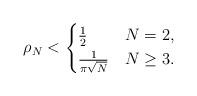
LaTeX: \begin{align*}\rho_N<\begin{cases} \frac{1}{2}&N=2,\\\frac{1}{\pi\sqrt{N}}&N\geq 3.\end{cases}\end{align*}